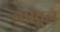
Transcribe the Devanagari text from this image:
नेपटून